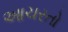
આચરતો